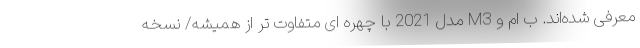
معرفی شده‌اند. ب ام و M3 مدل 2021 با چهره ای متفاوت تر از همیشه/ نسخه